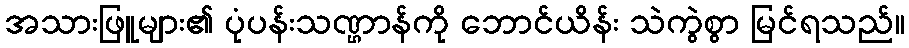
အသားဖြူများ၏ ပုံပန်းသဏ္ဌာန်ကို ဘောင်ယိန်း သဲကွဲစွာ မြင်ရသည်။